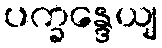
ပက္ခန္ဒေယျ